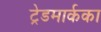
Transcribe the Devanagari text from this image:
ट्रेडमार्कका